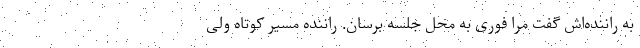
به راننده‌اش گفت مرا فوری به محل جلسه برسان. راننده مسیر کوتاه ولی